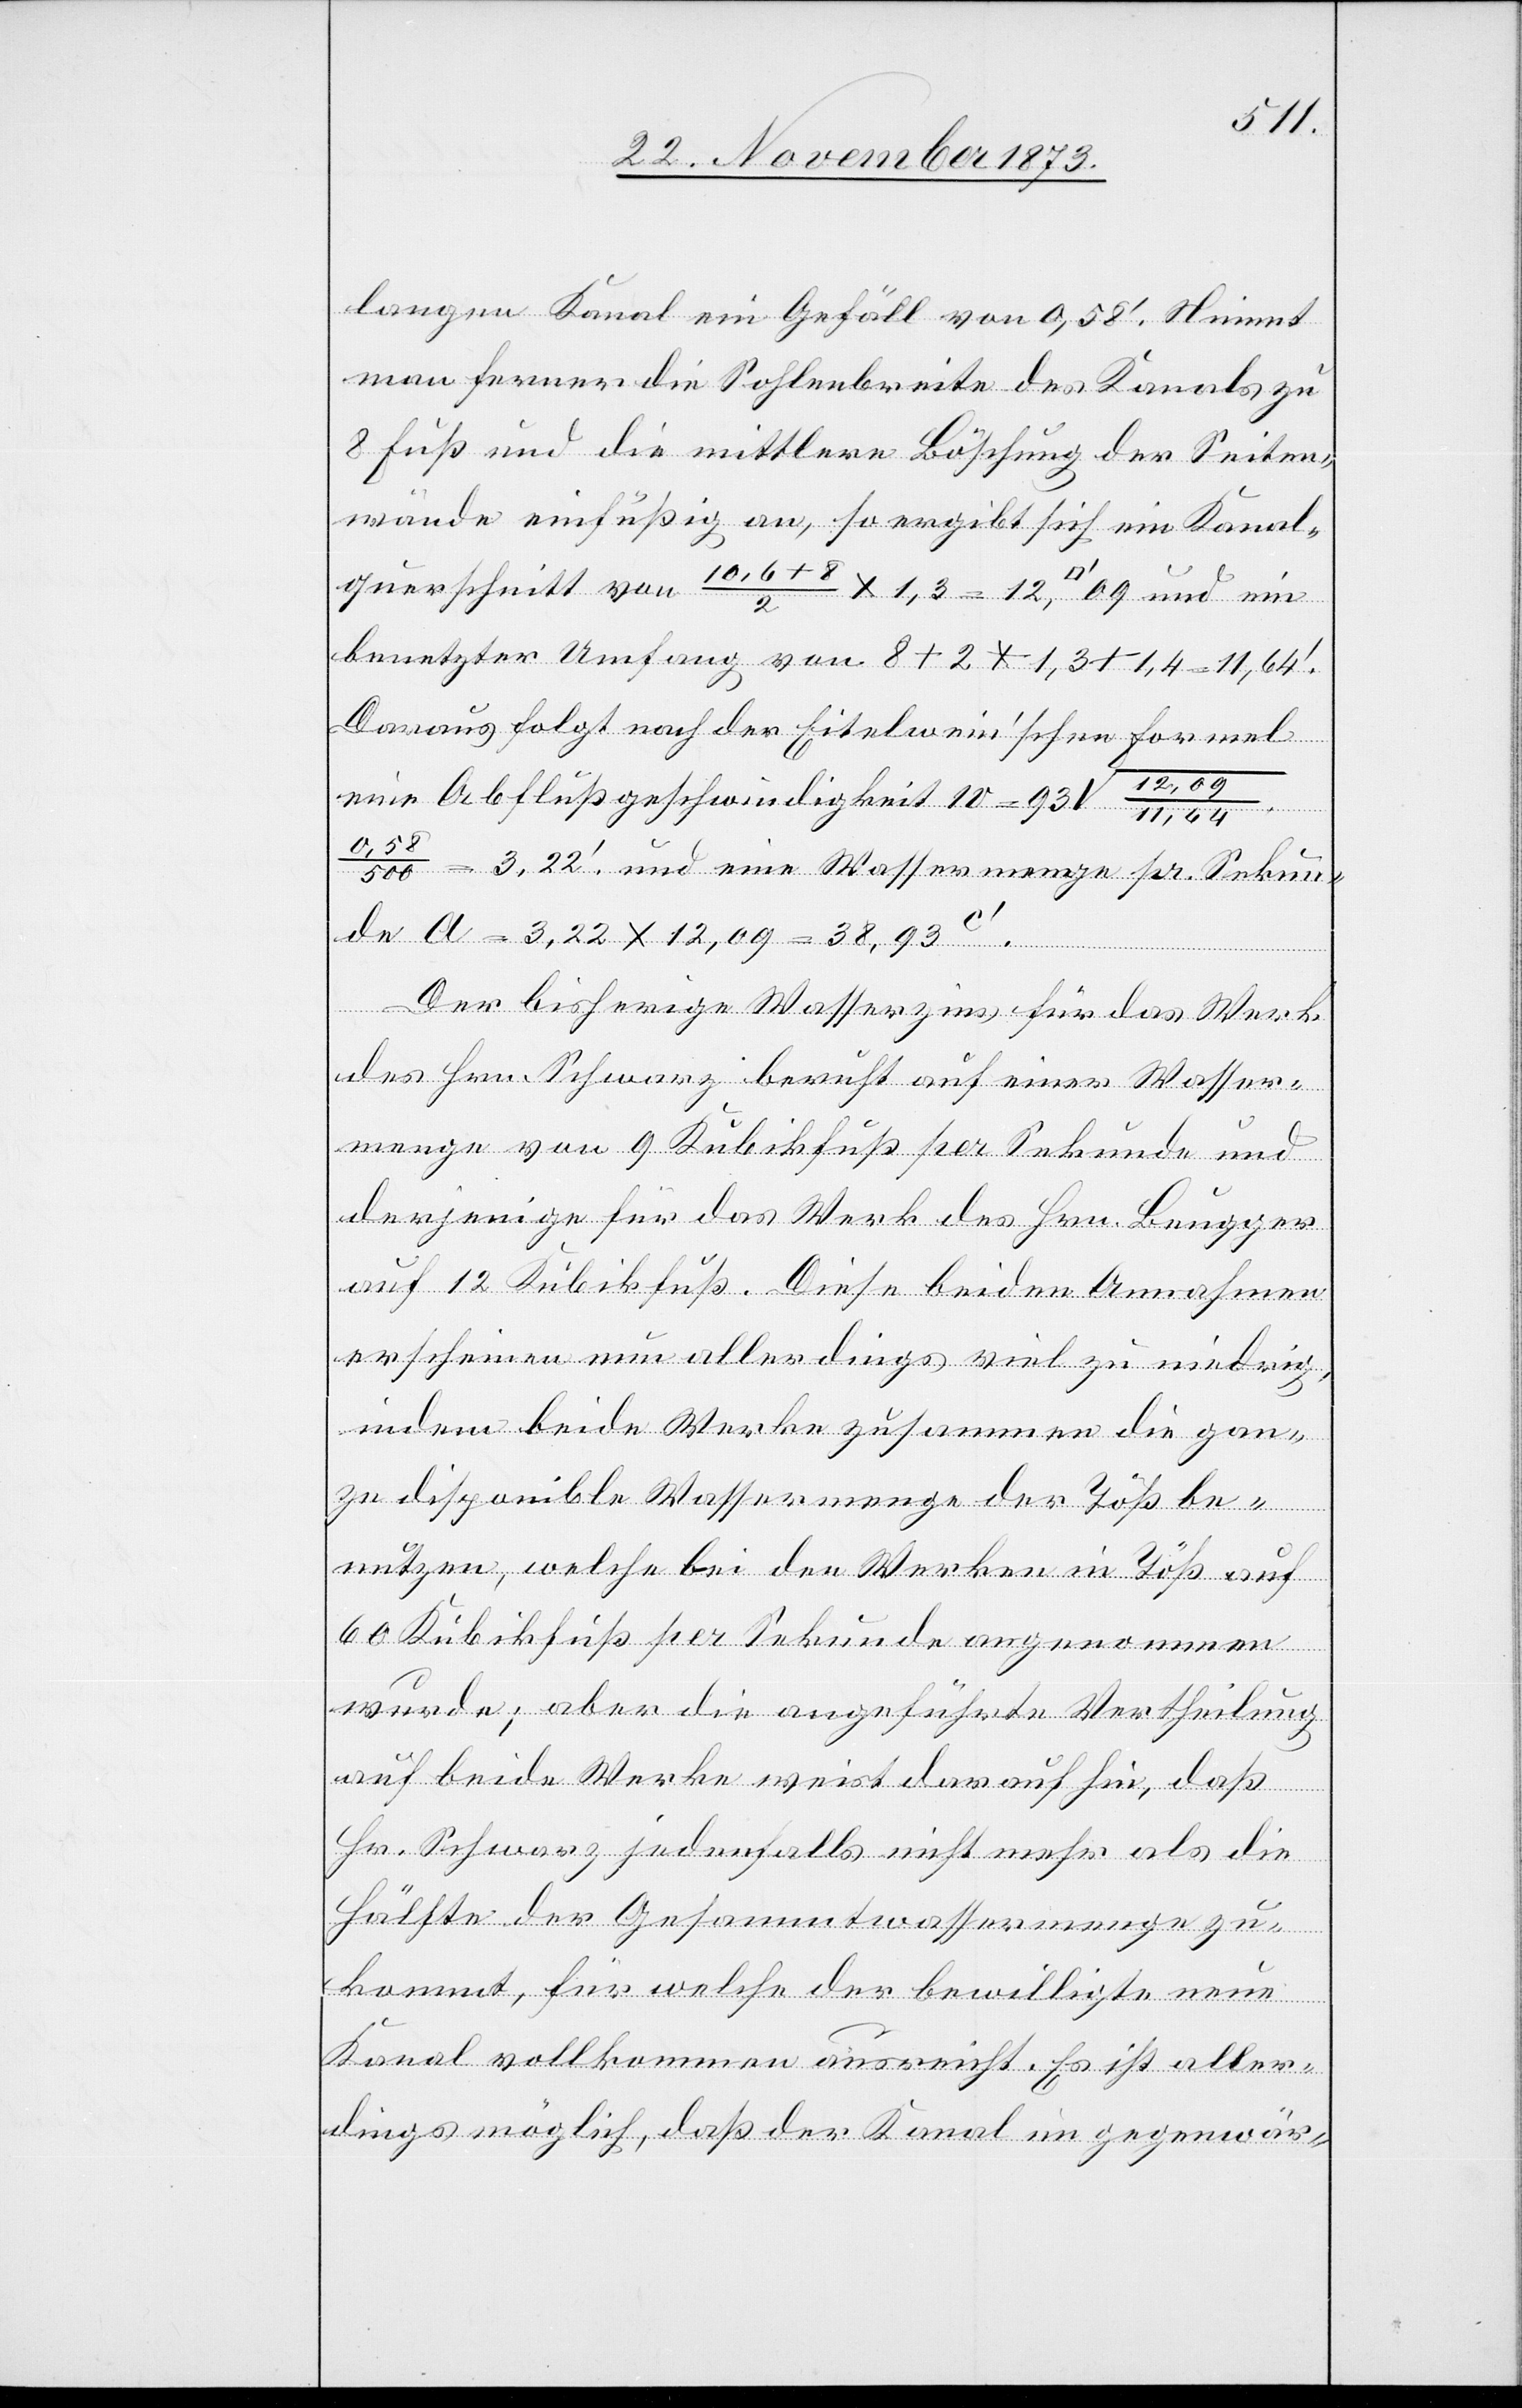
langen Kanal ein Gefäll von 0,58‘. Nimmt
man ferner die Sohlenbreite des Kanals zu
8 Fuß und die mittlere Böschung der Seiten¬
wände einfüßig an, so ergibt sich ein Kanal¬
querschnitt von 10,6 + 8/2 x 1,3 = 12, [Quadratfuss] 09 und ein
benetzter Umfang von 8 + 2 * 1,3 + 1,4 = 11,64‘
Daraus folgt nach der Eitelwein’schen Formel
eine Abflußgeschwindigkeit 1v
= 3,22‘ und eine Wassermenge pr. Sekun¬
de A = 3,22 x 12,09 = 38,93c‘.
Der bisherige Wasserzins für das Werk
des Hrn. Schwarz beruht auf einer Wasser¬
menge von 9 Kubikfuß per Sekunde und
derjenige für das Werk des Hrn. Beugger
auf 12 Kubikfuß. Diese beiden Annahmen
erscheinen nun allerdings viel zu niedrig,
indem beide Werke zusammen die gan¬
ze disponible Wassermenge der Töß be¬
nutzen, welche bei den Werken in Töß auf
60 Kubikfuß per Sekunde angenommen
wurde; aber die angeführte Vertheilung
auf beide Werke weist darauf hin, daß
Hr. Schwarz jedenfalls nicht mehr als die
Hälfte der Gesammtwassermenge zu¬
kommt, für welche der bewilligte neue
Kanal vollkommen ausreicht. Es ist aller¬
dings möglich, daß der Kanal im gegenwär-